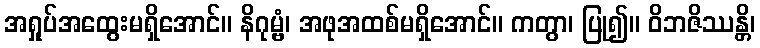
အရှုပ်အထွေးမရှိအောင်။ နိဂုမ္ဗံ၊ အဖုအထစ်မရှိအောင်။ ကတွာ၊ ပြု၍။ ဝိဘဇိဿန္တိ၊